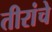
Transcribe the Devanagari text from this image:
तीरांचे